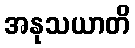
အနုသယာတိ